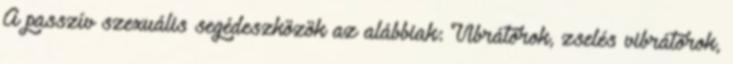
A passzív szexuális segédeszközök az alábbiak: Vibrátorok, zselés vibrátorok,